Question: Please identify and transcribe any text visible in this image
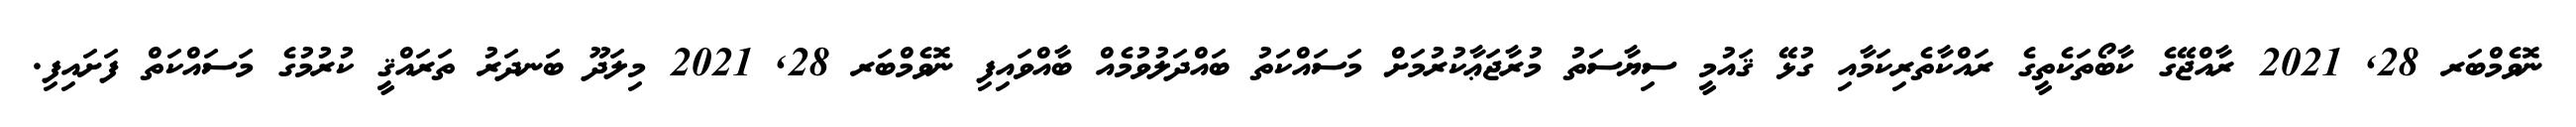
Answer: ނޮވެމްބަރ 28, 2021 ރާއްޖޭގެ ކާބޯތަކެތީގެ ރައްކާތެރިކަމާއި ގުޅޭ ޤައުމީ ސިޔާސަތު މުރާޖަޢާކުރުމަށް މަސައްކަތު ބައްދަލުވުމެއް ބާއްވައިފި ނޮވެމްބަރ 28, 2021 މިލަދޫ ބަނދަރު ތަރައްޤީ ކުރުމުގެ މަސައްކަތް ފަށައިފި.